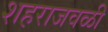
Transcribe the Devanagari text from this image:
शहराजवळी